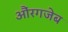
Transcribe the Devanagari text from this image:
औंरगजेब